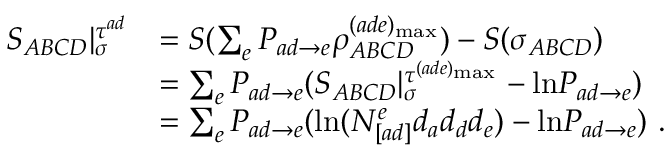
\begin{array} { r l } { S _ { A B C D } | _ { \sigma } ^ { \tau ^ { a d } } } & { = S ( \sum _ { e } P _ { a d \rightarrow e } \rho _ { A B C D } ^ { ( a d e ) _ { \mathrm { m a x } } } ) - S ( \sigma _ { A B C D } ) } \\ & { = \sum _ { e } P _ { a d \rightarrow e } ( S _ { A B C D } | _ { \sigma } ^ { \tau ^ { ( a d e ) _ { \mathrm { m a x } } } } - \mathrm { l n } P _ { a d \rightarrow e } ) } \\ & { = \sum _ { e } P _ { a d \rightarrow e } ( \mathrm { l n } ( N _ { [ a d ] } ^ { e } d _ { a } d _ { d } d _ { e } ) - \mathrm { l n } P _ { a d \rightarrow e } ) ~ . } \end{array}